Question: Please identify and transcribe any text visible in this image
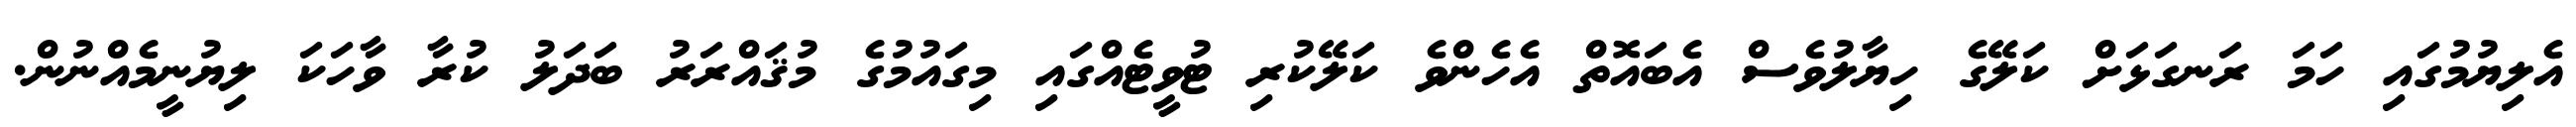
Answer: އެލިޔުމުގައި ހަމަ ރަނގަޅަށް ކަލޭގެ ހިޔާލުވެސް އެބައޮތް އެހެންވެ ކަލޭކުރި ޓުވީޓެއްގައި މިގައުމުގެ މުޤައްރަރު ބަދަލު ކުރާ ވާހަކަ ލިޔުނީމެއްނުން.